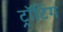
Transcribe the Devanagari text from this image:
ट्रॉटिंग